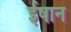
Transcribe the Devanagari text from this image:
ईषान